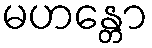
မဟန္တော